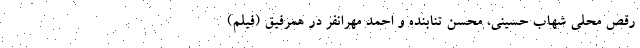
رقص محلی شهاب حسینی، محسن تنابنده و احمد مهرانفر در همرفیق (فیلم)